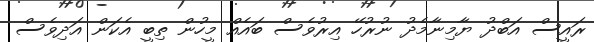
ރައީސް އަބްދު ޔާމިނާމެދު ނުރުހޭ އިރުވެސް ބައެއް މީހުން ތިބީ އެކަން އަދިވެސް